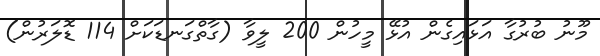
މޫނު ބުރުގާ އަޅައިގެން އުޅޭ މީހުން 200 ލީވާ (ގާތްގަނޑަކަށް 114 ޑޮލަރުން)